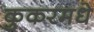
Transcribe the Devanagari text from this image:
कुकरमधे